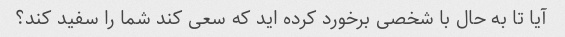
آیا تا به حال با شخصی برخورد کرده اید که سعی کند شما را سفید کند؟